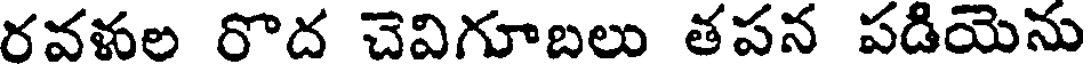
రవళల రొద చెవిగూబలు తపన పడియెను